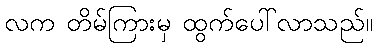
လက တိမ်ကြားမှ ထွက်ပေါ်လာသည်။